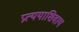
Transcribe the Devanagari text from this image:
प्रत्ययाशिवाय